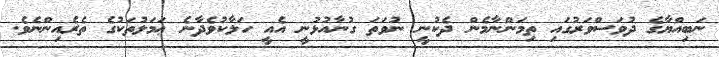
ނަބިއްޔާގެ ދުވަސްވަރުގައި ތިމަންނާމެން ދެކުނީ ނުވަތަ ގުނާއުޅުނީ އެއީ ހަލާކުވެދާނެ ޢަމަލުތަކުގެ ތެރެއިންނެވެ.